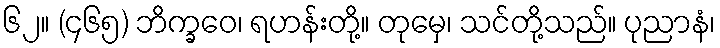
၆၂။ (၄၆၅) ဘိက္ခဝေ၊ ရဟန်းတို့။ တုမှေ၊ သင်တို့သည်။ ပုညာနံ၊